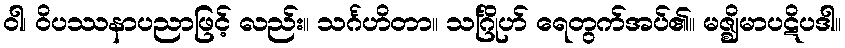
ဝါ၊ ဝိပဿနာပညာဖြင့် လည်း။ သင်္ဂဟိတာ။ သင်္ဂြိုဟ် ရေတွက်အပ်၏။ မဇ္ဈိမာပဋိပဒါ။